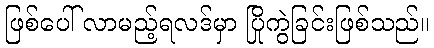
ဖြစ်ပေါ် လာမည့်ရလဒ်မှာ ပြိုကွဲခြင်းဖြစ်သည်။